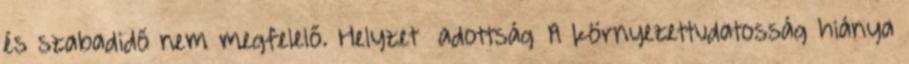
és szabadidő nem megfelelő. Helyzet adottság ▪A környezettudatosság hiánya